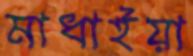
মাধাইয়া